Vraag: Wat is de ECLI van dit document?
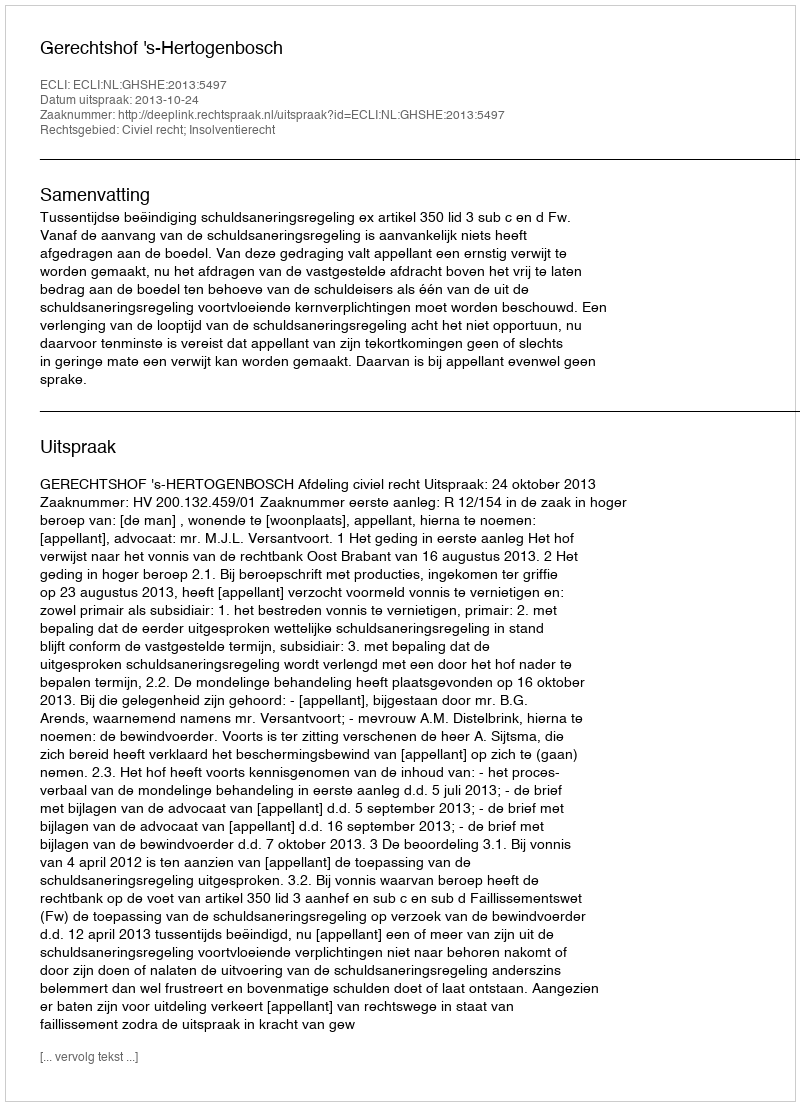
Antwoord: ECLI:NL:GHSHE:2013:5497